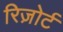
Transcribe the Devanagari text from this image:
रिज़ोर्ट